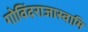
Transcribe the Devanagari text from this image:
गोविंदराजास्वामि